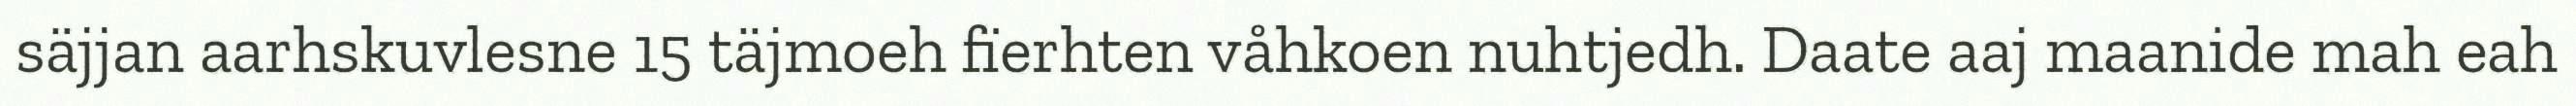
säjjan aarhskuvlesne 15 täjmoeh fïerhten våhkoen nuhtjedh. Daate aaj maanide mah eah